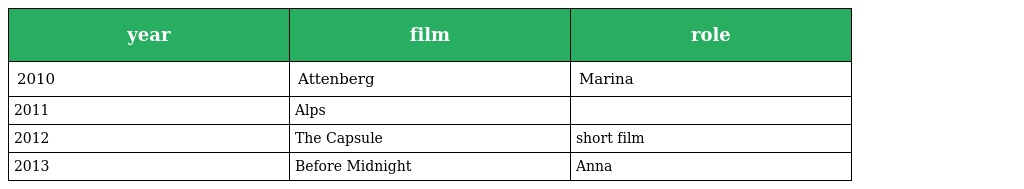
| year | film | role |
 | --- | --- | --- |
 | 2010 | Attenberg | Marina |
 | 2011 | Alps |  |
 | 2012 | The Capsule | short film |
 | 2013 | Before Midnight | Anna |